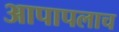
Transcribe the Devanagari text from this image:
आपापलाच